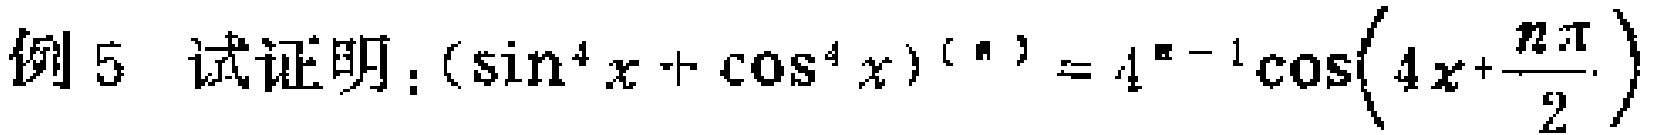
例 5 试证明：\((\sin^{4}x + \cos^{4}x)^{(n)} = 4^{n - 1}\cos\left(4x+\frac{n\pi}{2}\right)\)